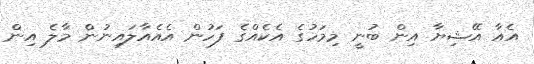
އެއާ އޭޝިޔާ އިން ބުނީ މިމަހުގެ އެކެއްގެ ފަހުން އެއެއާލައިނުން މާލެ އިން